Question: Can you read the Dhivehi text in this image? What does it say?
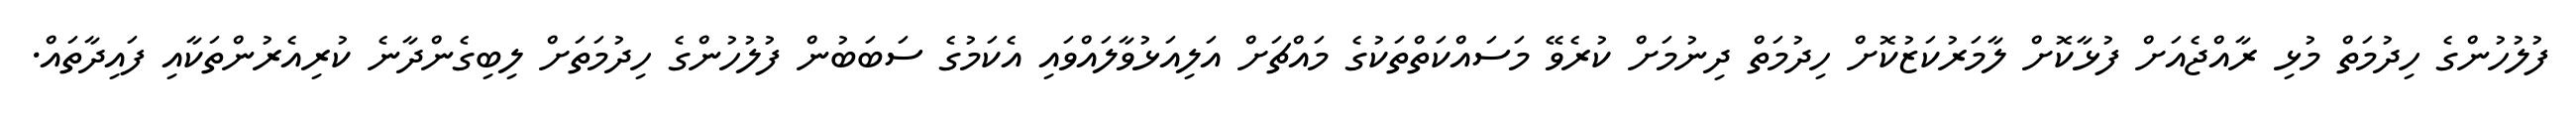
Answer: ފުލުހުންގެ ހިދުމަތް މުޅި ރާއްޖެއަށް ފުޅާކޮށް ލާމަރުކަޒުކޮށް ހިދުމަތް ދިނުމަށް ކުރެވޭ މަސައްކަތްތަކުގެ މައްޗަށް އަލިއަޅުވާލައްވައި އެކަމުގެ ސަބަބުން ފުލުހުންގެ ހިދުމަތަށް ލިބިގެންދާނެ ކުރިއެރުންތަކާއި ފައިދާތައް.